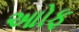
આોફ